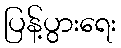
ပြန့်ပွားရေး